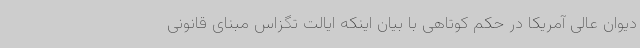
دیوان عالی آمریکا در حکم کوتاهی با بیان اینکه ایالت تگزاس مبنای قانونی